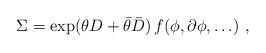
\begin{align*}\Sigma=\exp(\theta D+\bar \theta \bar D)\,f(\phi,\partial \phi,\ldots)\ ,\end{align*}